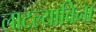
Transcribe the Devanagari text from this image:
लाटल्याविना